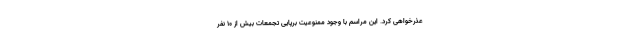
عذرخواهی کرد. این مراسم با وجود ممنوعیت برپایی تجمعات بیش از ۱۰ نفر